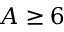
A \ge 6